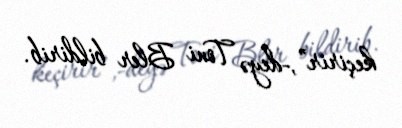
keçirir”,-deyə Toni Bler bildirib.